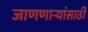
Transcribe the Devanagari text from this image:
जाणणार्‍यांसाठी